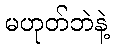
မဟုတ်ဘဲနဲ့